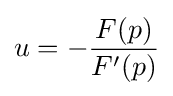
u=-{\frac {F(p)}{F'(p)}}